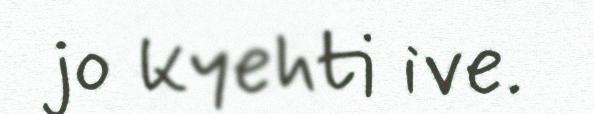
jo kyehti ive.